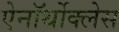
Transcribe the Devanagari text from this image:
ऐनॉर्थोक्लेस